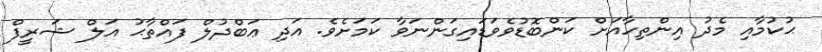
ޙުކުމާއި މެދު އިންތިހާއަށް ކަންބޮޑުވެވަޑައިގަންނަވާ ކަމަށެވެ. އަދި ޢަބްދުލް ފައްތާޙު އަލް ޝަރީފް